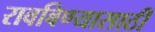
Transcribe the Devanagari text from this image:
रावबिण्यासाठी